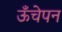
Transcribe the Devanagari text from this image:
ऊँचेपन